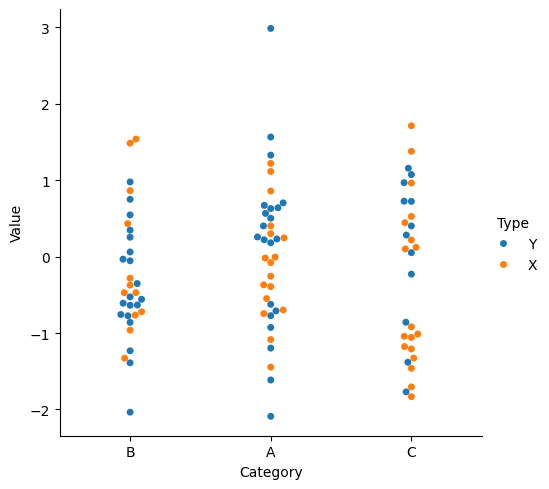
python, seaborn, catplot, kind='swarm', height=5, aspect=1